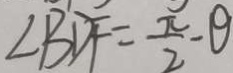
\angle B D F = \frac { \pi } { 2 } - \theta